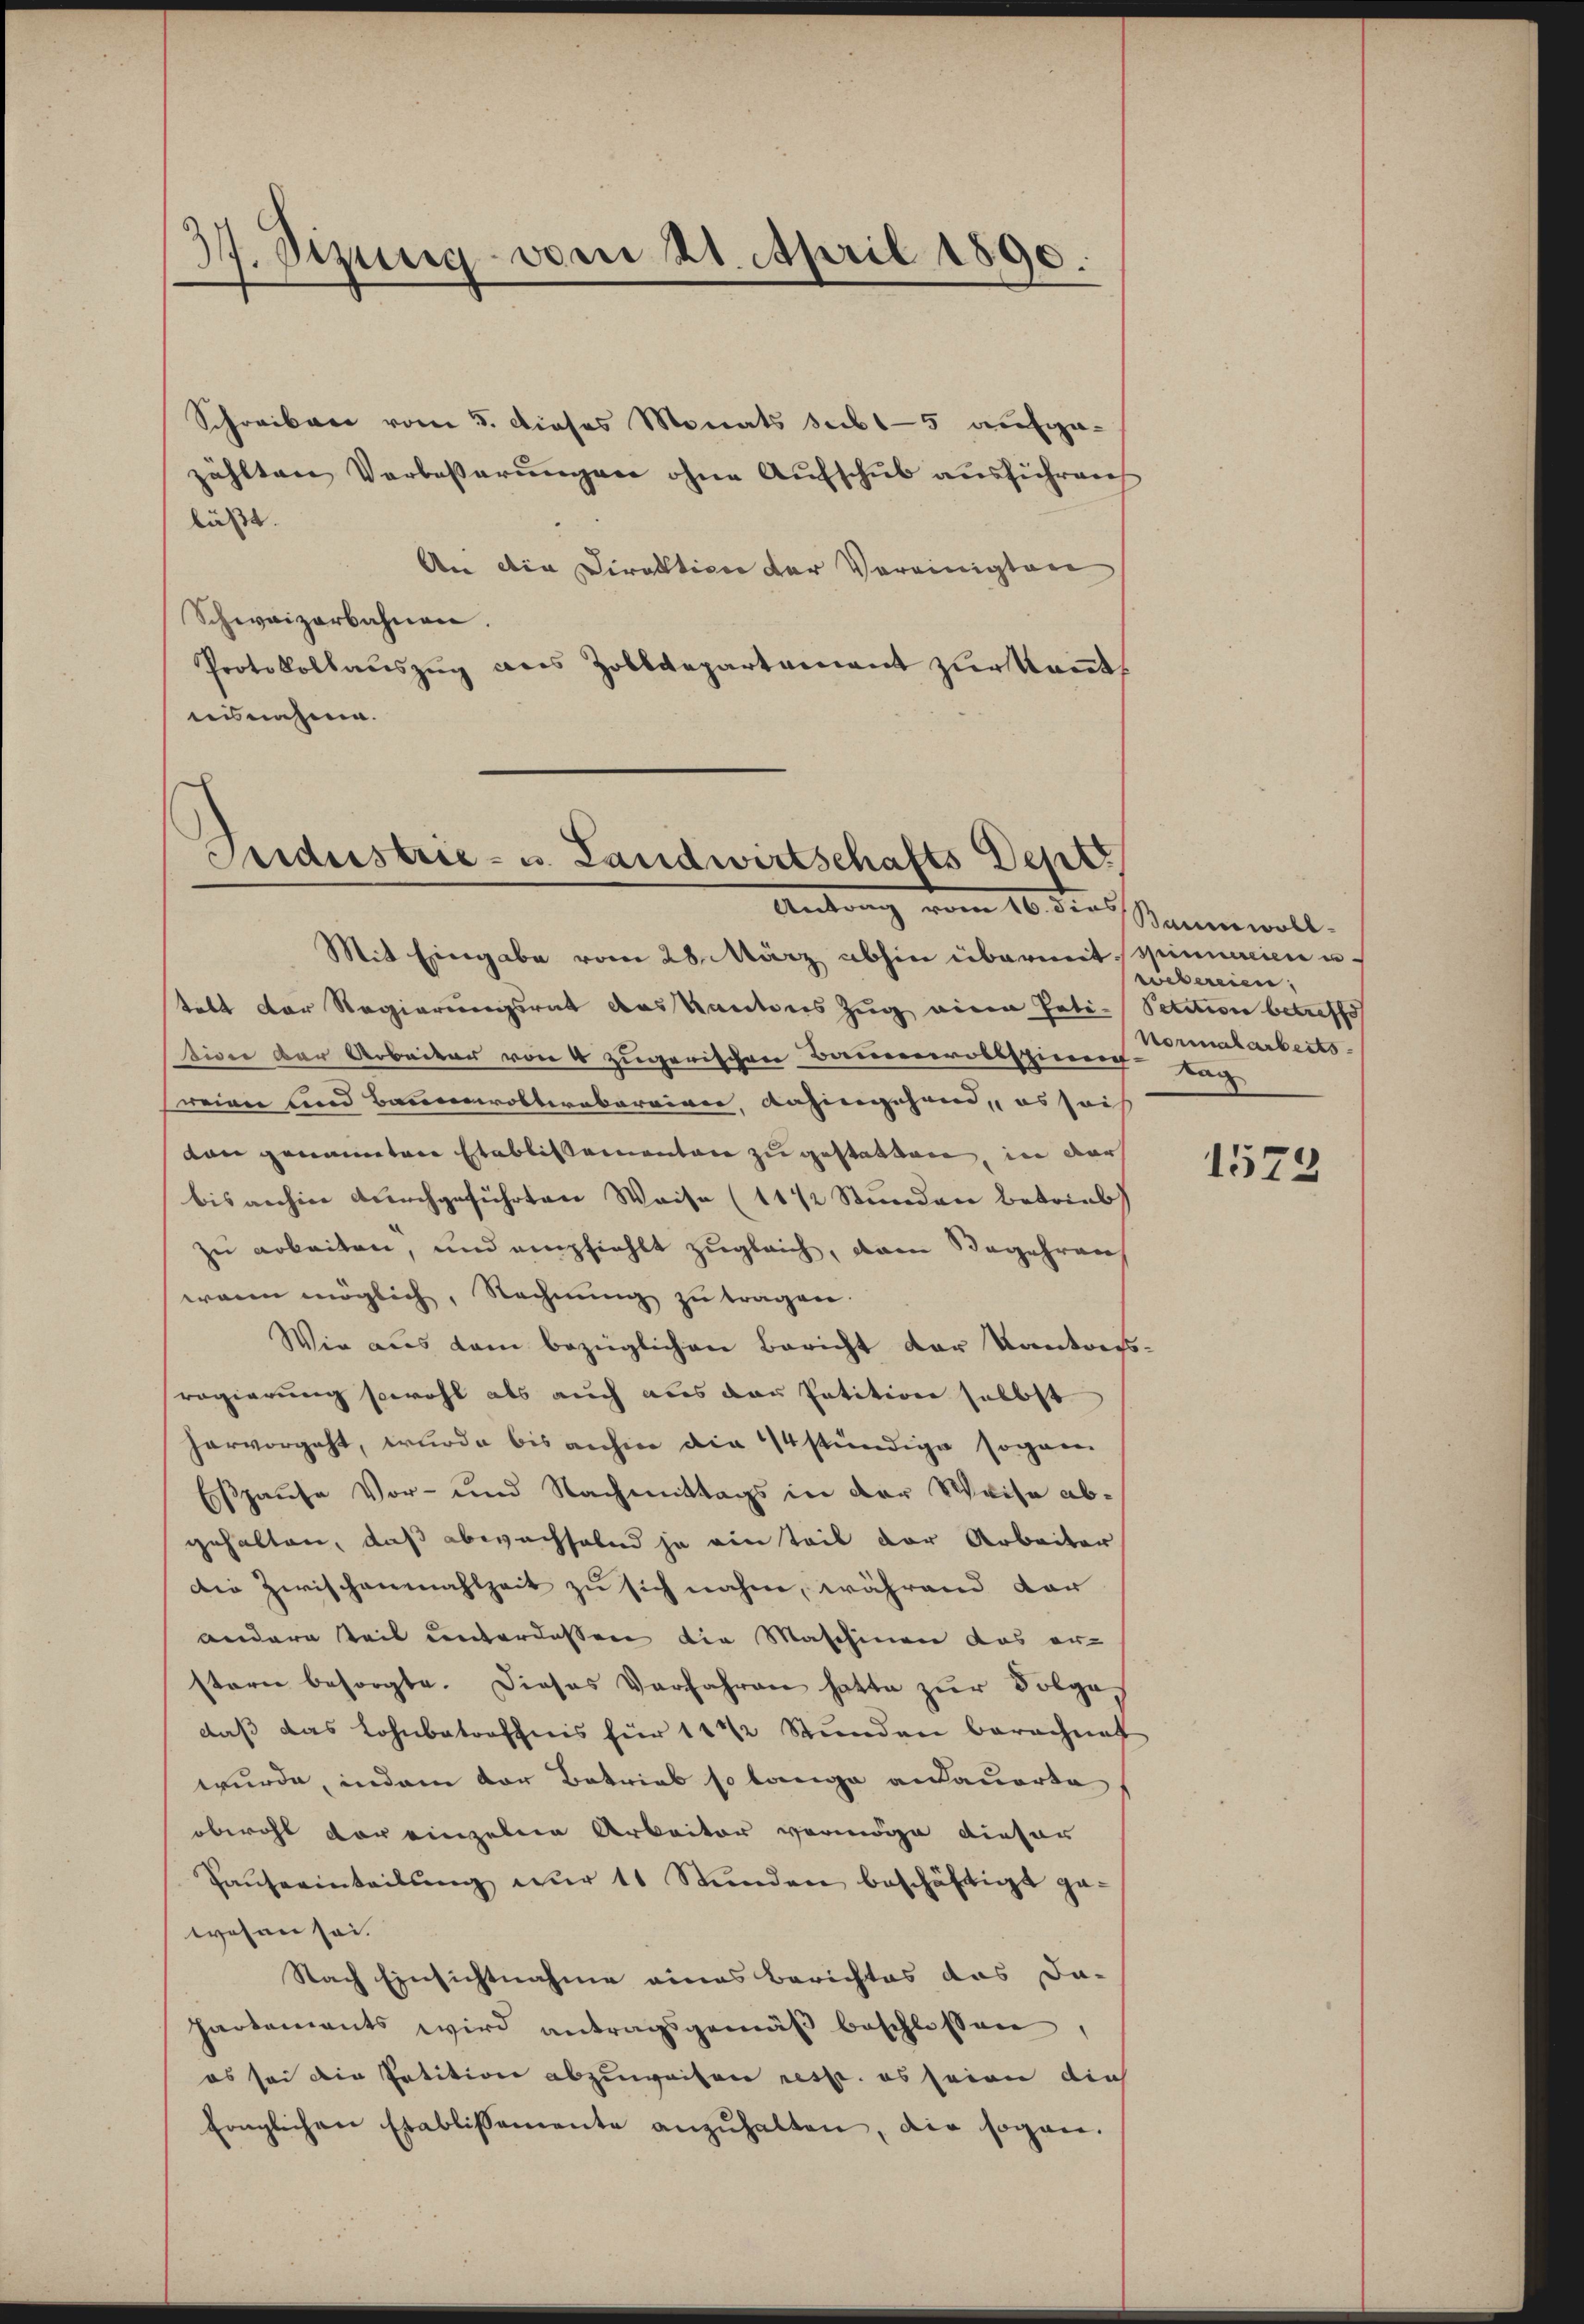
37. Sizung vom 21. April 1890.

Schreiben vom 5. dieses Monats subt5 aufgezählten Verbeßerungen ohne Aufschub ausführen
läßt.
An die Direktion der Vereinigten
Schweizerbahnen.
Protokollaŭszŭg als Zolldepartament zur Kant
isnahme.

Industrie- u. Landwirtschafts Dept.
Antrag vom 16. dies

Mit Eingabe vom 28. März abhin übermit spinnereien u
tebt der Regierungsrat das Kantons Zug einen Pati-Setition betreffe
tion der Arbeiter von 4 zugerischen Bamenrollspieren Tag
reiner und Baumrolterabarrien, dahingehend, es soch
ton genannten Etablissementen zu gestatten, in der
bis anhin durchgeführten Weise (11 1/2 Stunden betrieb
zu arbeiten, und empfiehlt zugleich, dann Begehren
wann möglich, Rechnung zu tragen.
Wie aus dem bezüglichen Bericht der Kantonsregierung sowohl als auch aus der Petition selbst
hervorgeht, wurde bis anhier die 24 stündige sogan
Eßhause Vor- und Nachmittags in der Weise abgehalten, daß abwachselnd ja ein Teil der Arbeiter
Die Zwischenmahlzeit zu sich nahm, während dar
andere Teil unterlassen die Maschinen das er-
stern besorgte. Dieses Verfahren hatte zŭr Folge
daß das Lohnbetreffnis für 11 ½ Stunden berechnet
wurde, indem der Betrieb so lange andauerte
obwohl der einzelne Arbeiter vermöge dieser
Pauserinteilung nur 11 Stunden beschäftigt ge-
wesen sei.
Nach Einsichtnahme eines Berichtes das Da-
hartements wird antragsgemäβ beschlossen,
es sei die Petition abzuweisen resst. es seien dies
Ernglichen Etablissemente anzŭhalten, die sogan.

Baumwoll
webereien,
Normalarbeits-

1572